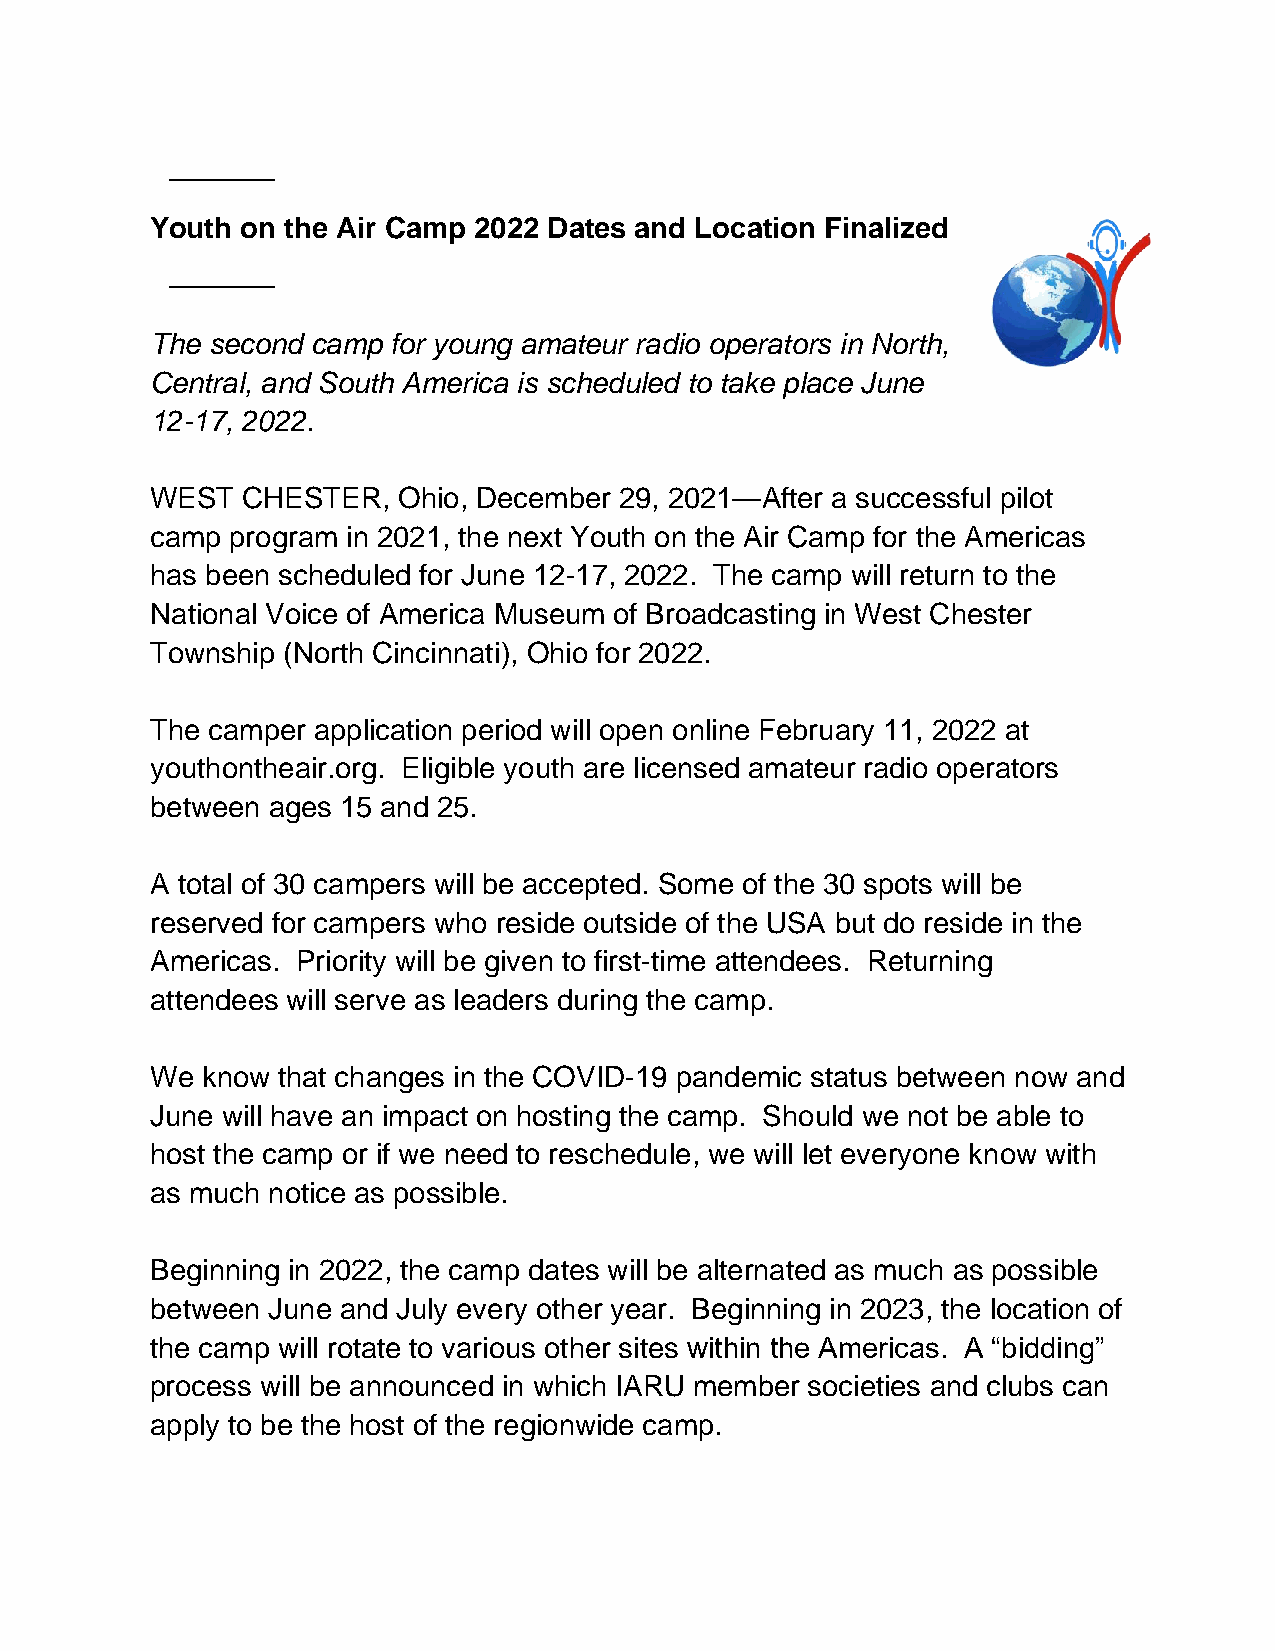
Youth on the Air Camp 2022 Dates and Location Finalized
 The second camp for young amateur radio operators in North,
 Central, and South America is scheduled to take place June
 12-17, 2022.
 WEST  CHESTER,  Ohio, December 29, 2021—After a successful pilot
 camp program in 2021, the next Youth on the Air Camp for the Americas
 has been scheduled for June 12-17, 2022. The camp will return to the
 National Voice of America Museum of Broadcasting in West Chester
 Township (North Cincinnati), Ohio for 2022.
 The camper application period will open online February 11, 2022 at
 youthontheair.org. Eligible youth are licensed amateur radio operators
 between ages 15 and 25.
 A total of 30 campers will be accepted. Some of the 30 spots will be
 reserved for campers who reside outside of the USA but do reside in the
 Americas. Priority will be given to first-time attendees. Returning
 attendees will serve as leaders during the camp.
 We know that changes in the COVID-19 pandemic status between now and
 June will have an impact on hosting the camp. Should we not be able to
 host the camp or if we need to reschedule, we will let everyone know with
 as much notice as possible.
 Beginning in 2022, the camp dates will be alternated as much as possible
 between June and July every other year. Beginning in 2023, the location of
 the camp will rotate to various other sites within the Americas. A “bidding”
 process will be announced in which IARU member societies and clubs can
 apply to be the host of the regionwide camp.